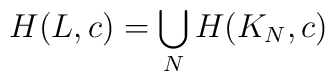
H(L, c) = \bigcup_{N} H(K_{N}, c)